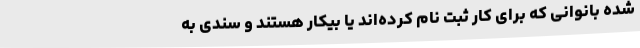
شده بانوانی که برای کار ثبت نام کرده‌اند یا بیکار هستند و سندی به